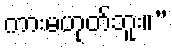
ကားမဟုတ်ဘူး။”